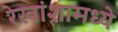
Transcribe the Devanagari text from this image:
रेखांशामध्ये